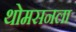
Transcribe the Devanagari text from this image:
थोमसनला